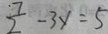
\frac { 7 } { 2 } - 3 y = 5